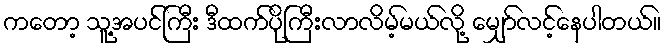
ကတော့ သူ့အပင်ကြီး ဒီထက်ပိုကြီးလာလိမ့်မယ်လို့ မျှော်လင့်နေပါတယ်။